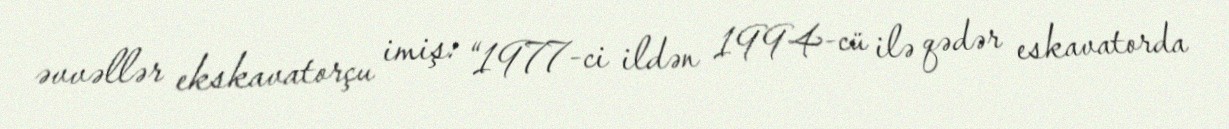
əvvəllər ekskavatorçu imiş: “1977-ci ildən 1994-cü ilə qədər eskavatorda